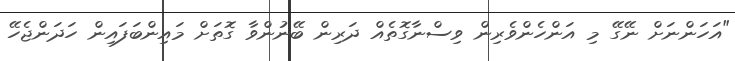
"އަހަންނަށް ނޭގޭ މި އަންހެންވެރިން ވިސްނާގޮތެއް ދަރިން ބޭނުންވާ ގޮތަށް މައިންބަފައިން ހަދަންޖެހޭ